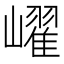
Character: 𡽢